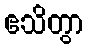
ဧသိတွာ